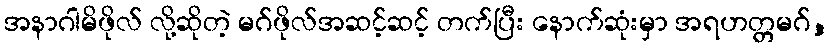
အနာဂါမိဖိုလ် လို့ဆိုတဲ့ မဂ်ဖိုလ်အဆင့်ဆင့် တက်ပြီး နောက်ဆုံးမှာ အရဟတ္တမဂ်,